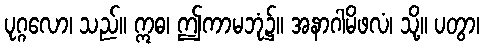
ပုဂ္ဂလော၊ သည်။ ဣဓ၊ ဤကာမဘုံ၌။ အနာဂါမိဖလံ၊ သို့။ ပတွာ၊